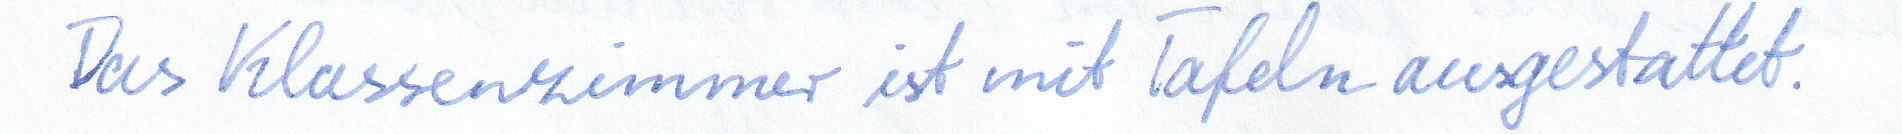
Das Klassenzimmer ist mit Tafeln ausgestattet.